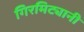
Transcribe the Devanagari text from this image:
गिरमिट्यानी